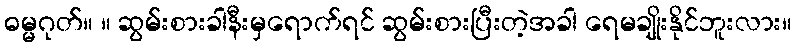
ဓမ္မဂုတ်။ ။ ဆွမ်းစားခါနီးမှရောက်ရင် ဆွမ်းစားပြီးတဲ့အခါ ရေမချိုးနိုင်ဘူးလား။